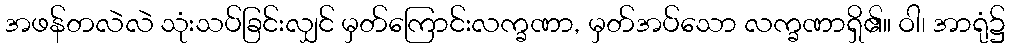
အဖန်တလဲလဲ သုံးသပ်ခြင်းလျှင် မှတ်ကြောင်းလက္ခဏာ, မှတ်အပ်သော လက္ခဏာရှိ၏။ ဝါ၊ အာရုံ၌